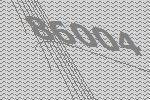
86004